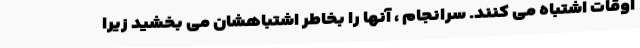
اوقات اشتباه می کنند. سرانجام ، آنها را بخاطر اشتباهشان می بخشید زیرا